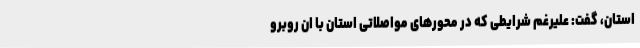
استان، گفت: علیرغم شرایطی که در محورهای مواصلاتی استان با ان روبرو